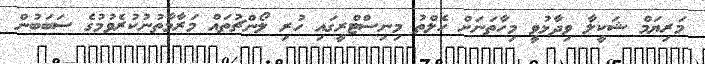
މަރިޔަމް ޝަކީލާ ވިދާޅުވީ މިހާތަނަށް ހެލްތު މިނިސްޓްރީގައި ހުރި ލޯންޗުތައް މަރާމާތުނުކުރެވުމުގެ ސަބަބުން